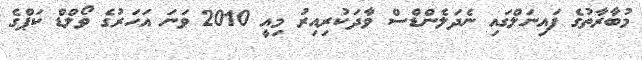
މުބާރާތުގެ ފައިނަލްގައި ނެދަލެންޑްސް ވާދަކުރިއިރު މިއީ 2010 ވަނަ އަހަރުގެ ވޯލްޑް ކަޕްގެ